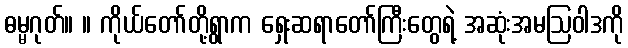
ဓမ္မဂုတ်။ ။ ကိုယ်တော်တို့ရွာက ရှေးဆရာတော်ကြီးတွေရဲ့ အဆုံးအမဩဝါဒကို